Report of an investigation of the epidemic of malarial fever in Assam, or, kala-azar
Disease focus: Malaria
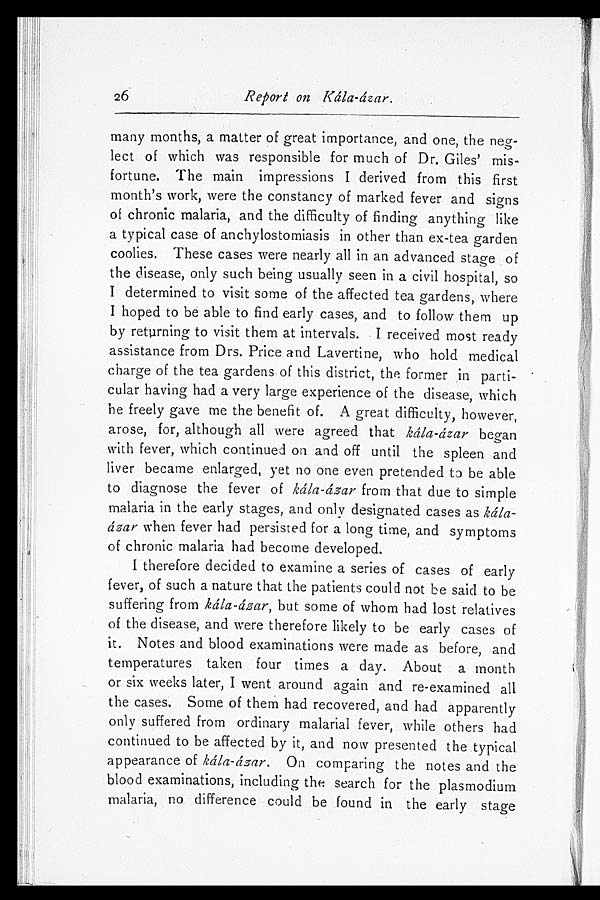
Report on Kála-ázar.
many months, a matter of great importance, and one, the neg-
lect of which was responsible for much of Dr. Giles' mis-
fortune. The main impressions I derived from this first
month's work, were the constancy of marked fever and signs
of chronic malaria, and the difficulty of finding anything like
a typical case of anchylostomiasis in other than ex-tea garden
coolies. These cases were nearly all in an advanced stage of
the disease, only such being usually seen in a civil hospital, so
I determined to visit some of the affected tea gardens, where
I hoped to be able to find early cases, and to follow them up
by returning to visit them at intervals. I received most ready
assistance from Drs. Price and Lavertine, who hold medical
charge of the tea gardens of this district, the former in parti-
cular having had a very large experience of the disease, which
he freely gave me the benefit of. A great difficulty, however,
arose, for, although all were agreed that kála-ázar began
with fever, which continued on and off until the spleen and
liver became enlarged, yet no one even pretended to be able
to diagnose the fever of kála-ázar from that due to simple
malaria in the early stages, and only designated cases as kála--
ázar when fever had persisted for a long time, and symptoms
of chronic malaria had become developed.
I therefore decided to examine a series of cases of early
fever, of such a nature that the patients could not be said to be
suffering from kála-ázar, but some of whom had lost relatives
of the disease, and were therefore likely to be early cases of
it. Notes and blood examinations were made as before, and
temperatures taken four times a day. About a month
or six weeks later, I went around again and re-examined all
the cases. Some of them had recovered, and had apparently
only suffered from ordinary malarial fever, while others had
continued to be affected by it, and now presented the typical
appearance of kála-ázar. On comparing the notes and the
blood examinations, including the search for the plasmodium
malaria, no difference could be found in the early stage
26